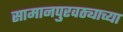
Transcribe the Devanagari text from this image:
सामानपुरवठ्याच्या